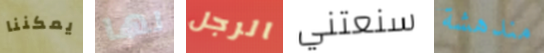
يمكننا لها الرجل سنعتني مندهشة